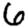
Digit: 6